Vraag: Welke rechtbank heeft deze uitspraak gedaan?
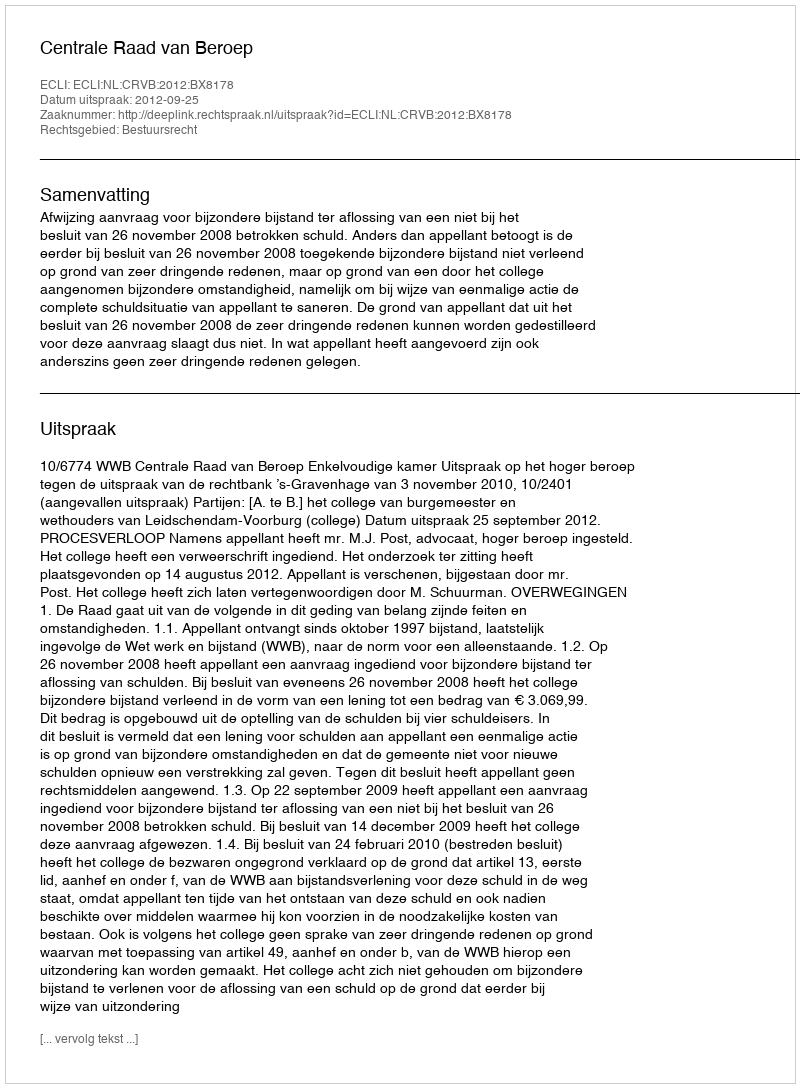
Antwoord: Centrale Raad van Beroep